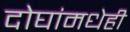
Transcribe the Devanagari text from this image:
दोघांमधेही